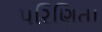
પરિણિતા